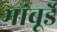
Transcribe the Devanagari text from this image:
भांबूर्डे